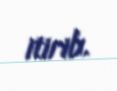
itirib.